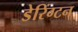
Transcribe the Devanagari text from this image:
डेरिंग्टन